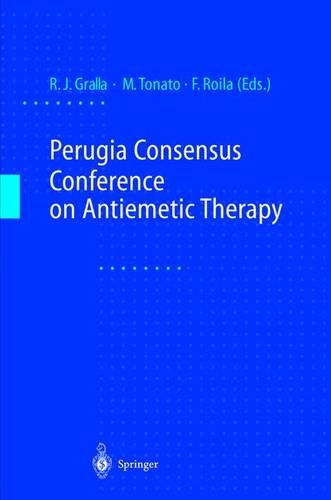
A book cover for Perugia Consensus Conference on Antiemetic Therapy; Medical Books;